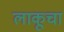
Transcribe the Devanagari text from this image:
लाकूचा